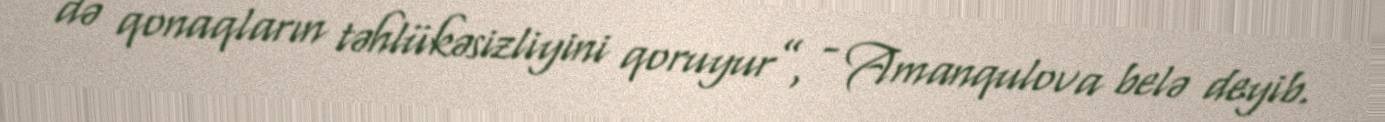
də qonaqların təhlükəsizliyini qoruyur”, - Amanqulova belə deyib.